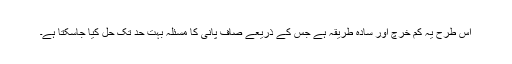
اس طرح یہ کم خرچ اور سادہ طریقہ ہے جس کے ذریعے صاف پانی کا مسئلہ بہت حد تک حل کیا جاسکتا ہے۔